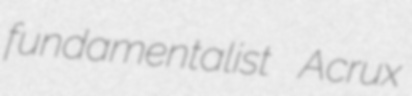
fundamentalist Acrux